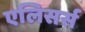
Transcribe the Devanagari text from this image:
एलिसर्स